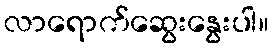
လာရောက်ဆွေးနွေးပါ။